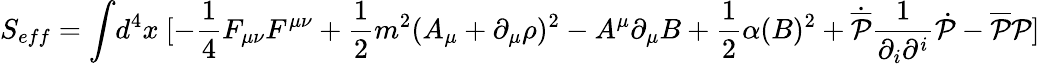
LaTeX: S_{eff}=\int\! d^{4}x~[-\frac{1}{4}F_{\mu\nu}F^{\mu\nu}+\frac{1}{2}m^{2}(A_{\mu}+\partial_{\mu}\rho)^{2}-A^{\mu}\partial_{\mu}B+\frac{1}{2}\alpha(B)^{2}+\dot{{\overline{{{\cal P}}}}}\frac{1}{\partial_{i}\partial^{i}}\dot{{\cal P}}-{\overline{{{\cal P}}}}{\cal P}]